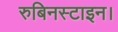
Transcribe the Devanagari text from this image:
रुबिनस्टाइन।